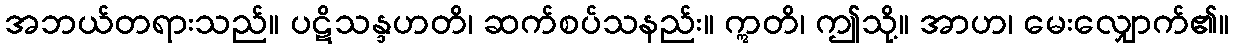
အဘယ်တရားသည်။ ပဋိသန္ဒဟတိ၊ ဆက်စပ်သနည်း။ ဣတိ၊ ဤသို့။ အာဟ၊ မေးလျှောက်၏။